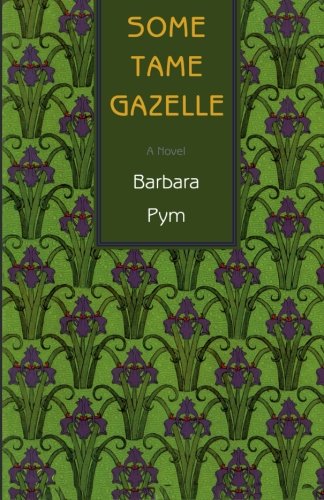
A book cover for Some Tame Gazelle; Barbara Pym; Literature & Fiction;